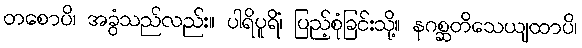
တစောပိ၊ အခွံသည်လည်း။ ပါရိပူရိံ၊ ပြည့်စုံခြင်းသို့။ နဂစ္ဆတိသေယျထာပိ၊